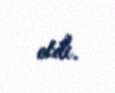
etdi.